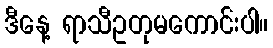
ဒီနေ့ ရာသီဥတုမကောင်းပါ။